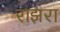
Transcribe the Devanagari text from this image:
राझरा